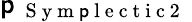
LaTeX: \mathsf{p}_{\mathrm{{~{~S~y~m~\mathsf{p}~l~e~c~t~i~c~2~}~}}}